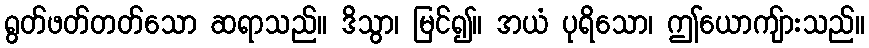
ရွတ်ဖတ်တတ်သော ဆရာသည်။ ဒိသွာ၊ မြင်၍။ အယံ ပုရိသော၊ ဤယောကျ်ားသည်။